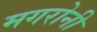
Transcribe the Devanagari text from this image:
मगरोनी